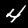
Label: 4